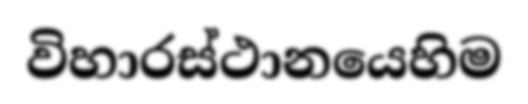
විහාරස්ථානයෙහිම